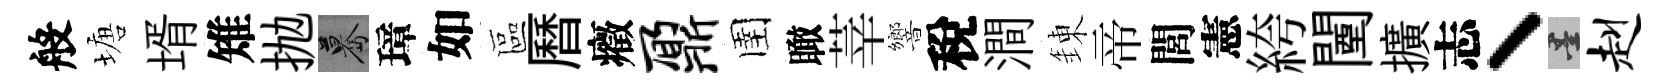
般塘壻雉抛驀璋如區曆癥鼐圉瞰莘響稅澗錬帝閭憲絝闉擴志丶墨赳